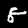
Digit: 8